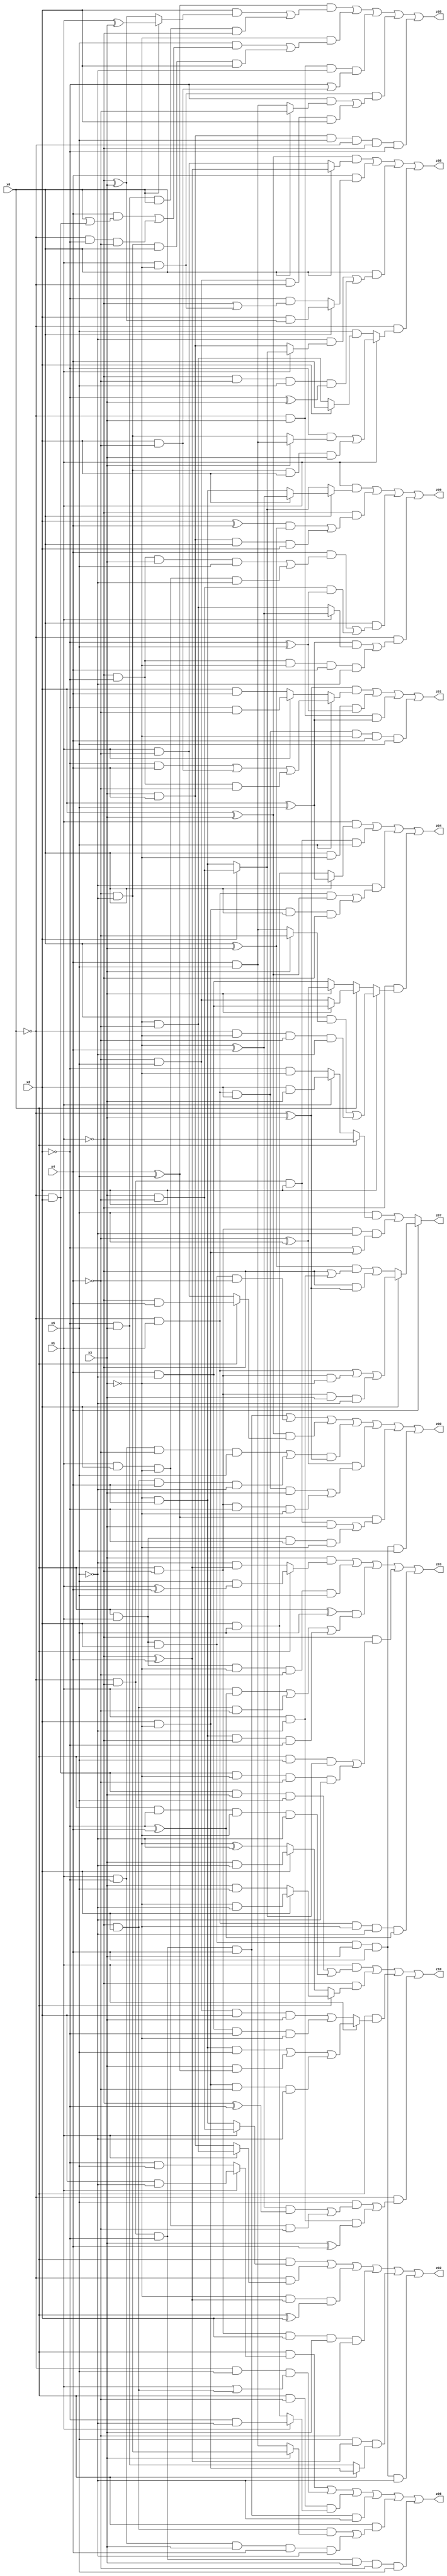
// Benchmark "X_13" written by ABC on Sat Jun 03 18:34:13 2023

module X_80 ( 
    x0, x1, x2, x3, x4, x5,
    z00, z01, z02, z03, z04, z05, z06, z07, z08, z09, z10  );
  input  x0, x1, x2, x3, x4, x5;
  output z00, z01, z02, z03, z04, z05, z06, z07, z08, z09, z10;
  assign z00 = (~x0 & ~x1 & ~x2 & x4) | (x0 & x1 & x2 & ~x4) | ((x2 ^ x3) & (x0 ? (~x1 & x4) : (x1 & ~x4))) | (((x1 & ~x2 & ~x4 & x5) | (~x1 & x2 & x4 & ~x5)) & (~x0 ^ x3)) | ((~x4 ^ x5) & ((~x0 & x1 & x2 & x3) | (x0 & ~x1 & ~x2 & ~x3))) | ((x4 ^ x5) & ((~x0 & ~x1 & x2 & x3) | (x0 & x1 & ~x2 & ~x3))) | (x0 & x1 & x2 & x3 & x4 & x5);
  assign z01 = ((~x0 ^ x3) & (x5 ? ((~x2 & x4) | (x2 & ~x4) | (~x1 & ~x2 & ~x4)) : (x1 ? (~x2 & ~x4) : (x2 & x4)))) | (x0 & ~x3 & (~x2 ^ x5)) | (~x0 & x3 & (x2 ^ x5)) | (~x0 & x1 & x2 & ~x3 & x4 & x5);
  assign z02 = (x0 & (x1 ? (x3 & ~x4) : (~x3 & x4))) | (~x0 & (x1 ? (~x3 & ~x4) : (x3 & x4))) | (~x3 & (~x1 ^ x4) & (x0 ^ x2)) | (x0 & ~x1 & x2 & x3 & ~x4) | (x5 & (~x1 ^ x4) & (x0 ? (x2 & ~x3) : (~x2 & x3))) | (x0 & x1 & x2 & x3 & x4 & ~x5);
  assign z03 = (x3 & (x0 ? (x5 & (x1 ^ x4)) : (~x5 & (~x1 ^ x4)))) | (x0 & x1 & ~x3 & ~x4 & x5) | ((x0 ^ x5) & ((x1 & (~x2 ^ x4)) | (~x1 & x2 & ~x4) | (~x3 & x4 & ~x1 & ~x2))) | (~x1 & ((x0 & x5 & (x2 ? (x3 & ~x4) : (~x3 & x4))) | (~x0 & x2 & ~x3 & ~x4 & ~x5))) | (~x0 & x1 & ~x3 & ~x5 & (~x2 ^ x4));
  assign z04 = (x1 & (x0 ? (x2 ^ x5) : (x2 & x5))) | (~x0 & ~x1 & x2 & x5) | (~x5 & ((~x0 & x1 & (x2 ^ x3)) | (x2 & ~x3 & x0 & ~x1))) | (~x1 & (x2 ? ((x0 & (x3 ? ~x4 : (x4 & x5))) | (~x0 & ~x3 & ~x4 & ~x5)) : (x0 ? (x3 ? (x4 & ~x5) : (~x4 & x5)) : (x3 ? (~x4 ^ x5) : (x4 & ~x5)))));
  assign z05 = ((x4 ^ x5) & ((x2 & (x0 ? (x1 ^ x3) : (~x1 ^ x3))) | (~x2 & x3 & x0 & ~x1))) | (~x3 & ((x5 & ((x4 & (x0 | (~x0 & x2))) | (~x0 & ~x2 & ~x4))) | (~x4 & ~x5 & x0 & x2))) | (~x0 & x3 & ~x5 & (~x2 | (x2 & ~x4))) | (x1 & ~x3 & ((~x2 & (x0 ? ~x4 : (x4 & x5))) | (~x4 & x5 & ~x0 & x2))) | (x3 & x4 & x5 & ~x0 & ~x1 & ~x2);
  assign z06 = (x0 & (x1 ? (x2 & ~x5) : (~x2 & x5))) | (~x0 & x5 & (x1 | (~x1 & x2))) | (x0 & ~x4 & (x1 ? (~x2 & ~x5) : (x2 & x5))) | (~x0 & ~x1 & ~x2 & x4 & ~x5) | (x0 & ((~x1 & x2 & (x3 ? (~x4 & ~x5) : (x4 & x5))) | (x1 & ~x2 & x3 & x4 & ~x5))) | (~x0 & ~x1 & ~x2 & x3 & ~x4 & x5);
  assign z07 = x4 ? (x2 ? ((~x0 & x1) | (x0 & ~x1 & ~x3) | (x0 & ~x1 & x3 & ~x5)) : (((x0 ^ x3) & (~x1 | (x1 & ~x5))) | (~x1 & (~x0 ^ x3)))) : ((x5 & (x0 ? ~x1 : (x1 ? (x2 & x3) : (~x2 & ~x3)))) | (x0 & ~x1 & ~x5 & (~x2 | (x2 & ~x3))));
  assign z08 = ((x2 ^ x3) & (x0 ? (~x1 ^ x4) : (x1 & ~x4))) | (x4 & (x0 ? (x2 & (~x1 ^ x3)) : (~x2 & (~x1 | (x1 & ~x3))))) | (x0 & ((~x5 & (x1 ? (x2 ? (x3 & ~x4) : (~x3 & x4)) : (x3 & x4))) | (~x1 & ~x4 & x5 & (~x2 ^ x3)))) | (~x0 & (x1 ? ((~x2 & (x3 ? (x4 & x5) : (~x4 & ~x5))) | (~x4 & ~x5 & x2 & x3)) : (x5 & (x2 ? x4 : (~x3 & ~x4)))));
  assign z09 = (x1 & (x0 ? (x2 ? (~x3 ^ x4) : (~x3 & x4)) : (x2 ? (x3 & ~x4) : (~x3 & x4)))) | (~x1 & (((x2 ^ x4) & (x0 ^ x3)) | (x3 & x4 & x0 & x2))) | (x0 & ((x4 & ((~x1 & ~x2 & x3 & x5) | (x1 & x2 & ~x3 & ~x5))) | (x3 & ~x4 & (~x2 ^ x5)))) | (~x0 & (((x2 ^ x5) & (x1 ? (~x3 ^ x4) : (~x3 & ~x4))) | (~x1 & ~x2 & ~x3 & x4 & ~x5)));
  assign z10 = (x1 & ((~x0 & x2 & x3 & x5) | (x0 & ~x2 & ~x3 & ~x5))) | (~x1 & (x0 ? (x2 ? (~x3 & ~x5) : (x3 & x5)) : (x2 ? (x3 & ~x5) : (~x3 ^ ~x5)))) | (x0 & (x1 ? ((~x3 & x4 & x5) | (x3 & (x4 ^ x5)) | (x2 & ~x3 & ~x4 & ~x5)) : ((~x4 & x5 & x2 & x3) | (x4 & ~x5 & ~x2 & ~x3)))) | (~x0 & ((x5 & (((~x3 ^ x4) & (~x1 ^ ~x2)) | (x1 & x2 & ~x3 & ~x4))) | (x1 & ~x5 & (x3 ^ x4))));
endmodule